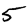
Digit: 5